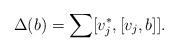
LaTeX: \begin{gather*}\Delta(b)=\sum[v_j^*, [v_j, b]].\end{gather*}